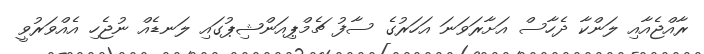
ރާއްޖެއާއި ލަންކާ ދެހާސް އަށާރަވަނަ އަހަރުގެ ސާފު ޗެމްޕިއަންޝިޕުގައި ލަނޑެއް ނުޖެހި އެއްވަރުވީ